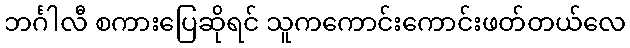
ဘင်္ဂါလီ စကားပြေဆိုရင် သူကကောင်းကောင်းဖတ်တယ်လေ